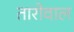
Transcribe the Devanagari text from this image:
तारोवाल